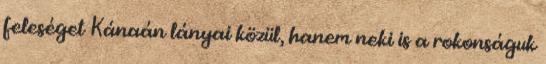
feleséget Kánaán lányai közül, hanem neki is a rokonságuk